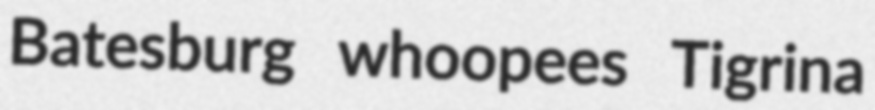
Batesburg whoopees Tigrina